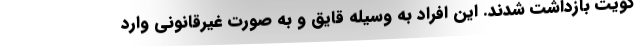
کویت بازداشت شدند. این افراد به وسیله قایق و به صورت غیرقانونی وارد